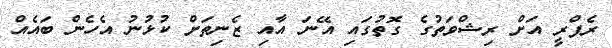
ރެފްރީ އަށް ރިޝްވަތުގެ ގޮތުގައި އޭނަ އާއި ޒެނިތަށް ކުޅުނު އެހެން ބައެއް